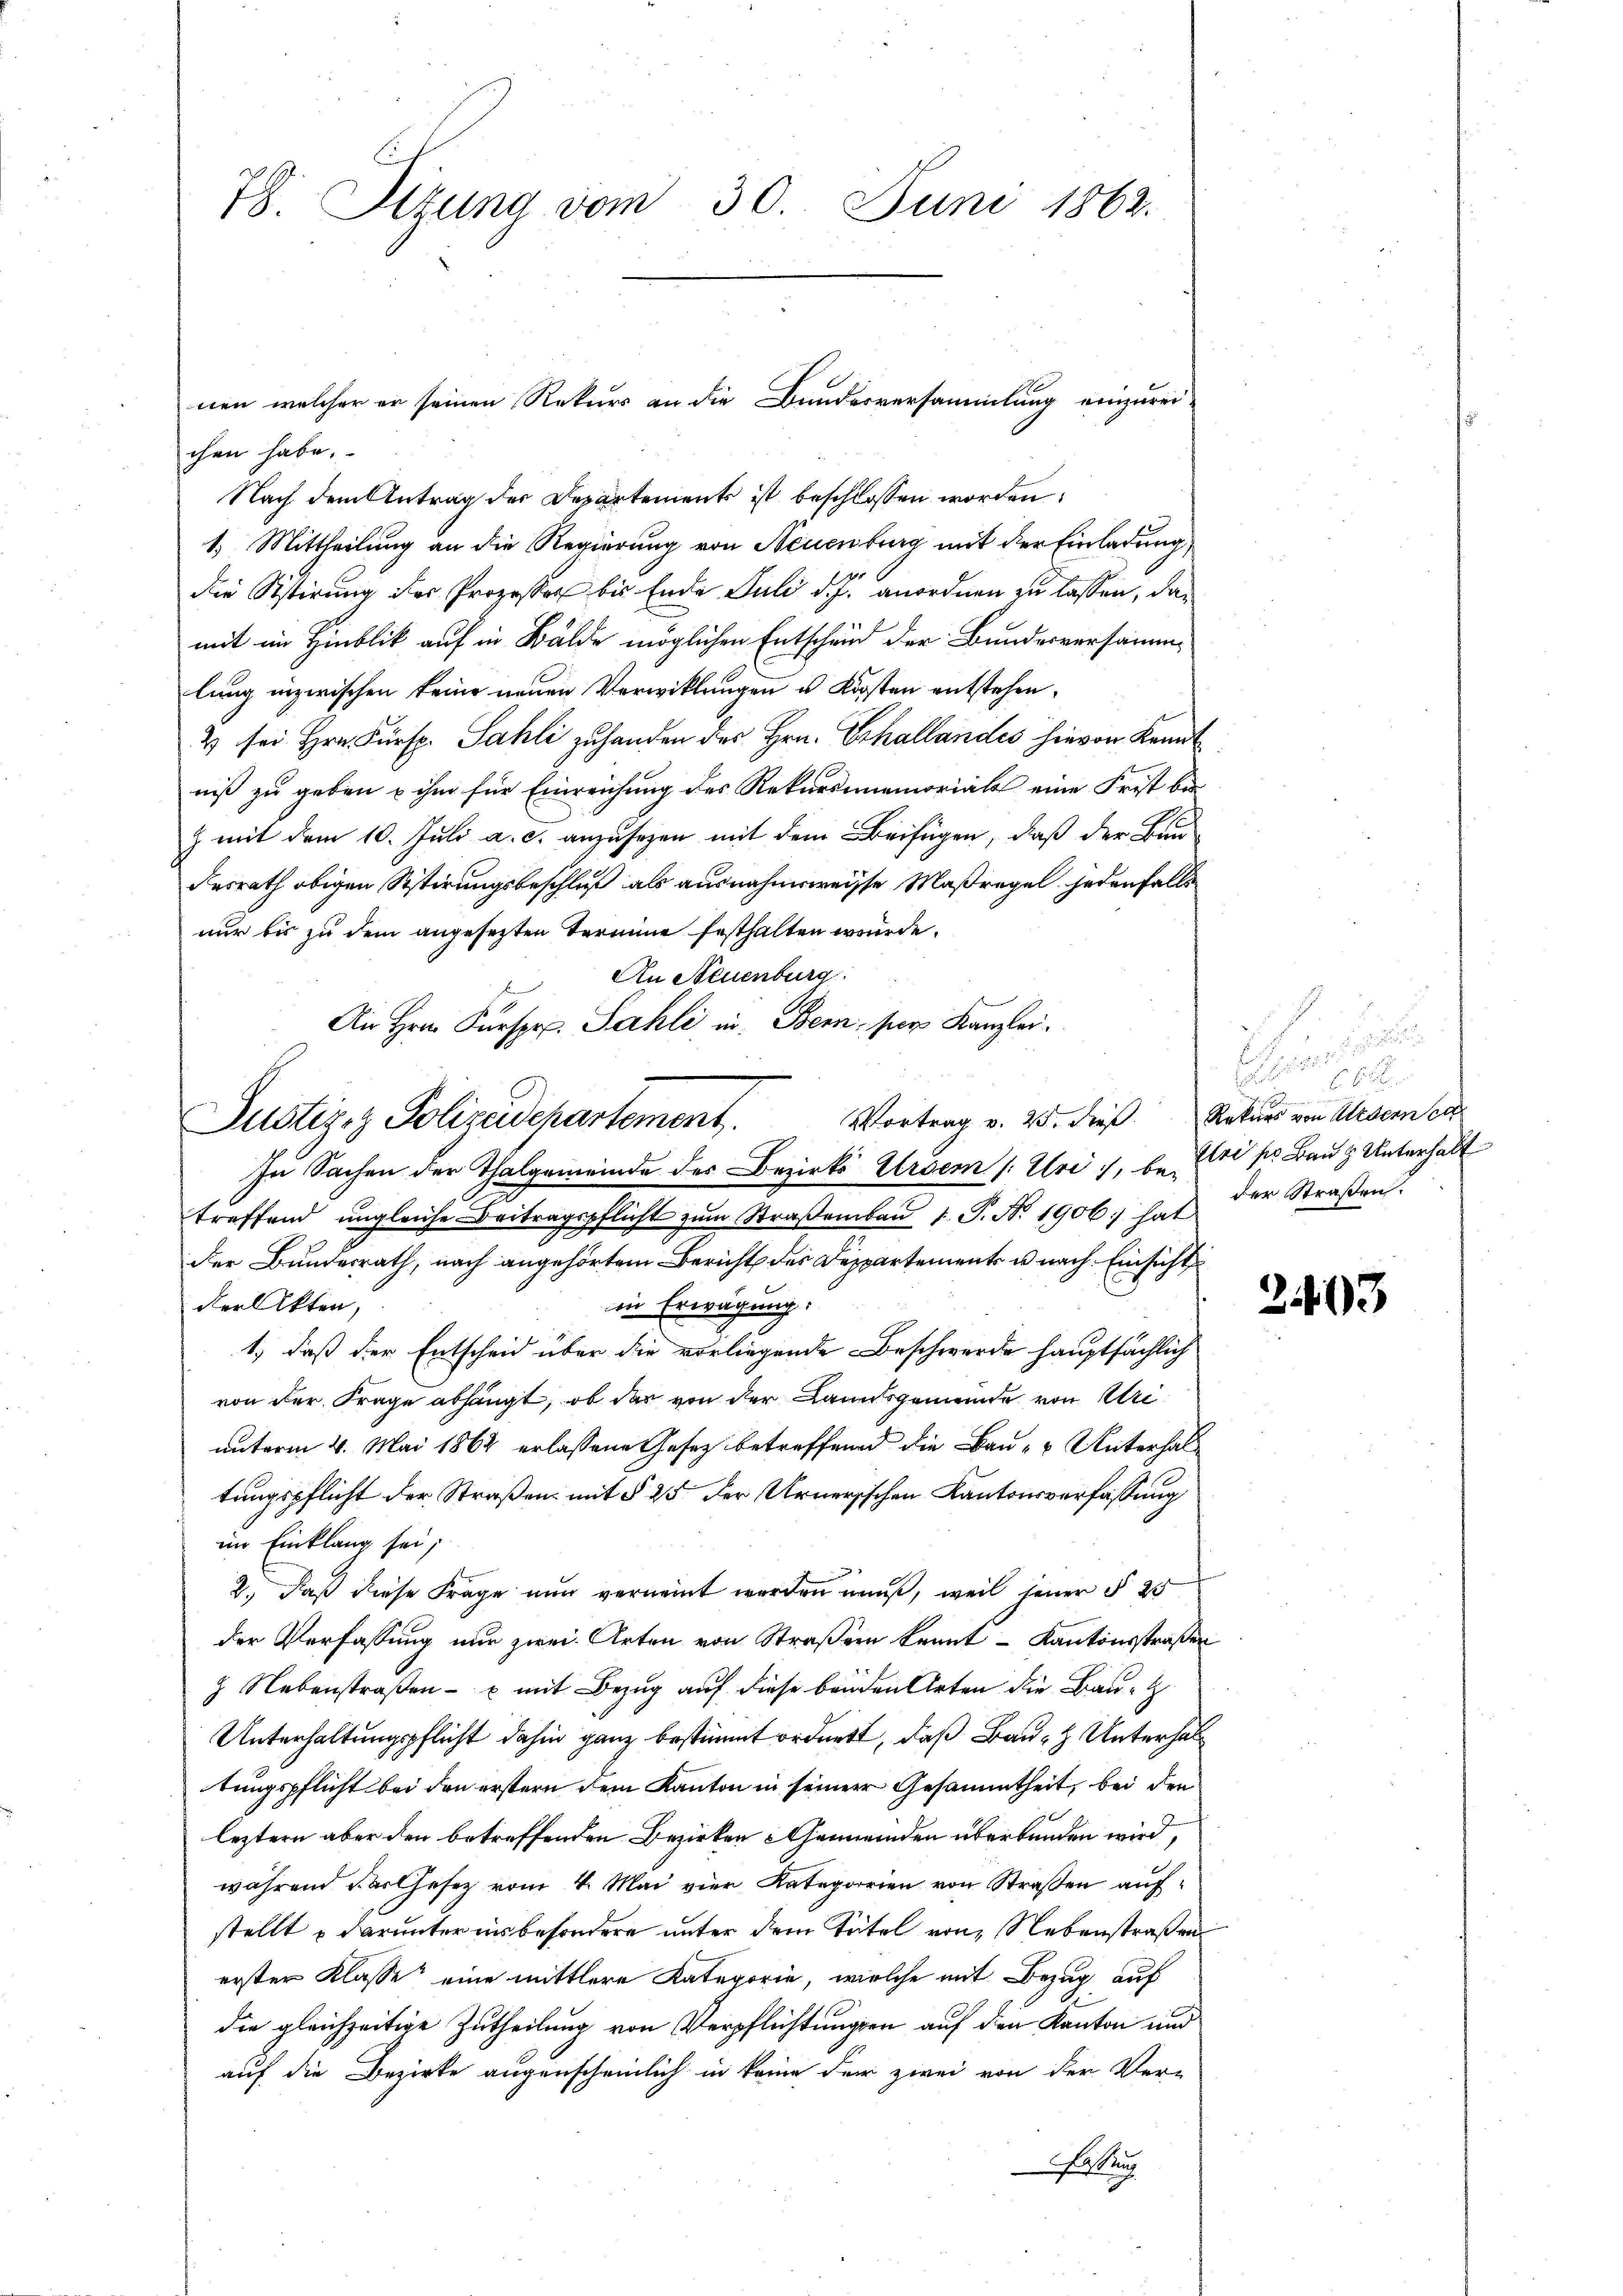
78. Sitzung vom 30. Juni 1862.

Justiz- & Polizeidepartement.

chen habe.
Nach dem Antrag der Departements ist beschlossen worden.
1.) Mittheilung an die Regierung von Neuenburg mit der Einladung,
die Sistirung der Prozesser bis Ende Juli d. J. anordnen zu lassen, damit im Hinblik auf in Bälde möglichen Entscheid der Bundesversammlung inzwischen keine neuen Verwicklungen u. Kosten entstehen,
2 sei Hrn. Fürsp. Sahli zu handen des Hrn. Erhallandes hievon Kenntniß zu geben u ihm für Einreichung des Rekursmemorials eine Frist bis
z mit dem 10. Juli a. c. anzusehen mit dem Beifügen, daß der Bundesrath obigen Sistirungsbeschluß als ausnahmsweisse Maßregel jedenfalls
nur bis zu dem angesezten Termine festhalten wurde.
An Neuenburg
An Hrn. Fürspr. Sahli in Bern, per Kanzlei¬
Vortrag v. 25. die Rekurs von Ursern ca
In Sachen der Thalgemeinde des Bezirks Urser (: Uri, betreffend ungleiche Beitragspflicht zŭm Straβenbaŭ 1. P. Nr. 1906) hat der Straβen.
2
der Bundesrath, nach angehörtem Bericht des Departement u nach Einsicht
in Erwägung:
der Akten,
1., daß der Entscheid über die vorliegende Beschwerde hauptsächlich
von der Frage abhängt, ob des von der Landsgemeinde von Uri
unterm 4. Mai 1862 erlassene Gesetz betreffend die Bau- & Unterhaltungspflicht der Straßen mit § 25 der Urnerischen Kantonsverfassung
im Einklang sei;
2., daß diese Frage nun verneint werden muß, weil jener § 25
der Verfassung nur zwei Arten von Straßern kannt - Kantonsstraßen
 Nebenstraßen- u mit Bezug auf diese beiden Arten die Baue
Unterhaltungspflicht dahin ganz bestimmt ordnett, daß Bau- Unterhal
tungspflicht bei den erstern dem Kanton in seiner Gesammtheit, bei den
leztern aber den betreffenden Bezirken Gemeinden überbunden wird,
während der Gesetz vom 4. Mai vier Kategorien von Straßen aufstellt u darunter ins besondere unter dem Titel von Nebenstraßen
erster Klasse eine mittlere Kategorie, welche mit Bezug auf
die gleichzeitige Zutheilung von Verpflichtungen auf den Kanton und
auf die Bezirke augenscheinlich in keine der zwei von der Ver-
Fassung

nen, welcher er seinen Rekurs an die Bunderversammlung einzurei¬

e
J

Etri ser Bauz Unterhalt

2403